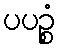
ပပဉ္စံ